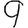
Digit: 9